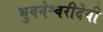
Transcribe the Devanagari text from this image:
भुवनेश्वरीदेवी